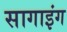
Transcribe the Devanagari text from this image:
सागाइंग